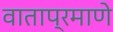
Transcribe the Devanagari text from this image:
वाताप्रमाणे